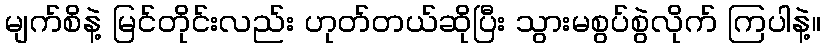
မျက်စိနဲ့ မြင်တိုင်းလည်း ဟုတ်တယ်ဆိုပြီး သွားမစွပ်စွဲလိုက် ကြပါနဲ့။